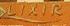
lixir